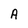
Character: A